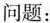
问题：